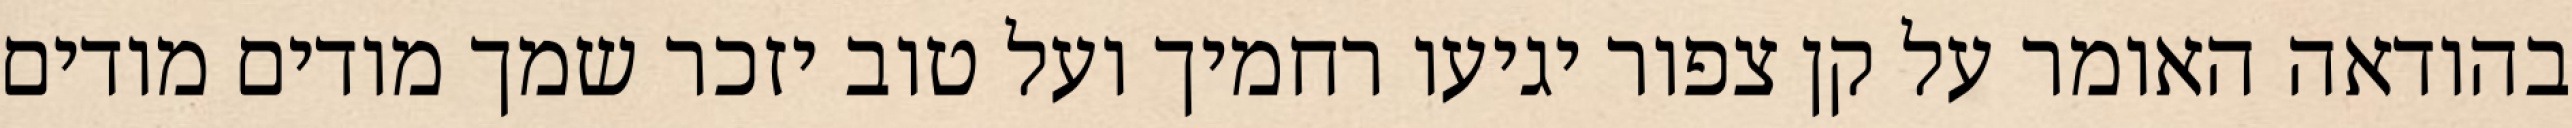
בהודאה האומר על קן צפור יגיעו רחמיך ועל טוב יזכר שמך מודים מודים